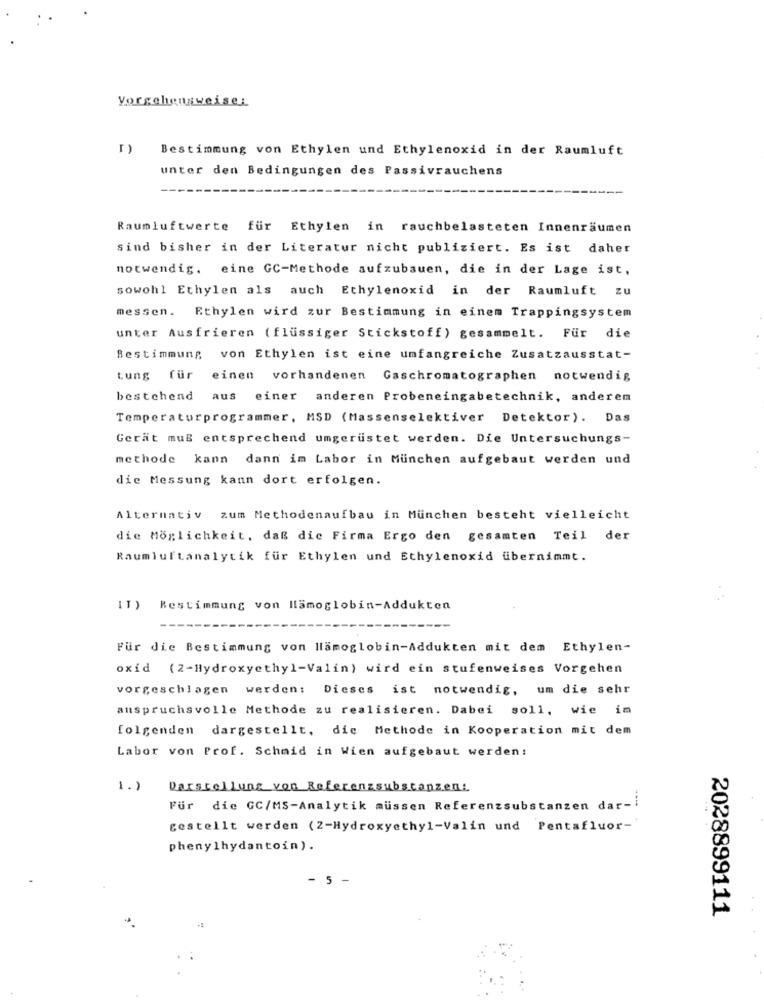
Vorgehensweise:
Bestimmung von Ethylen und Ethylenoxid in der Raumluft
unter den Bedingungen des Passivrauchens
Raumluftwerte für Ethylen in rauchbelasteten Innenraumen
sind bisher in der Literatur nicht publiziert. Es ist daher
notwendig. eine GC-Methode aufzubauen, die in der Lage ist,
sowohl Ethylen als auch Ethylenoxid in der Raumluft zu
messen. Ethylen wird zur Bestimmung in einem Trappingsystem
unter Ausfrieren (flüssiger Stickstoff) gesammelt. Für die
Bestimmung von Ethylen ist eine umfangreiche Zusatzausstat-
tung für einen vorhandenen Gaschromatographen notwendig
bestehend
aus einer anderen Probeneingabetechnik, anderem
Temperaturprogrammer, MSD (Massenselektiver Detektor). Das
Gerät muß entsprechend umgerüstet werden. Die Untersuchungs-
methode kann dann im Labor in Munchen aufgebaut werden und
die Messung kann dort erfolgen.
Alternativ zum Methodenaufbau in Munchen besteht vielleicht
die Möglichkeit, daß die Firma Ergo den gesamten Teil der
Raumluftanalytik für Ethylen und Ethylenoxid übernimmt.
IT) Bestimmung von Hämoglobin-Addukten
Für die Bestimmung von Hämoglobin-Addukten mit dem Ethylen-
oxid (2-Hydroxyethyl-Valin) wird ein stufenweises Vorgehen
vorgeschlagen werden: Dieses ist notwendig, um die sehr
anspruchsvolle Methode zu realisieren. Dabei soll, wie im
folgenden dargestellt, die Methode in Kooperation mit dem
Labor von Prof. Schmid in Wien aufgebaut werden:
1.)
Darstellung von Referenzsubstanzen:
Für die GC/MS-Analytik mussen Referenzsubstanzen dar-
gestellt werden (2-Hydroxyethyl-Valin und Pentafluor-
phenylhydantoin).
-
2028899111